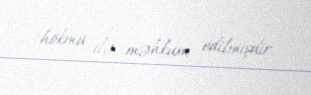
hökmü ilə məhkum edilmişdir.